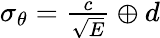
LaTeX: \begin{array}{cll}{\sigma_{\theta}=\frac{c}{\sqrt{E}}\oplus d}\end{array}